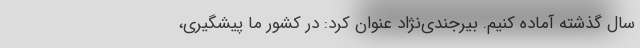
سال گذشته آماده کنیم. بیرجندی‌نژاد عنوان کرد: در کشور ما پیشگیری،